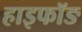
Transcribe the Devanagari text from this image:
हाइफॉङ